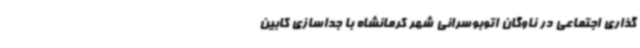
گذاری اجتماعی در ناوگان اتوبوسرانی شهر کرمانشاه با جداسازی کابین